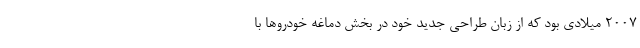
2007 میلادی بود که از زبان طراحی جدید خود در بخش دماغه خودروها با